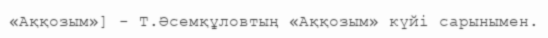
«Аққозым»] - Т.Әсемқұловтың «Аққозым» күйі сарынымен.